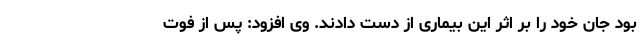
بود جان خود را بر اثر این بیماری از دست دادند. وی افزود: پس از فوت